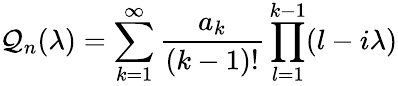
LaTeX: \mathcal{Q}_{n}(\lambda)=\sum_{k=1}^{\infty}\frac{{a_{k}}}{{(k-1)!}}\prod_{l=1}^{k-1}(l-i\lambda)